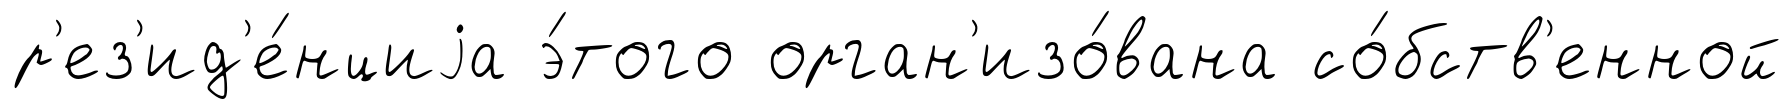
р'ез'ид'е́нциjа э́того орган'изо́вана со́бств'енной